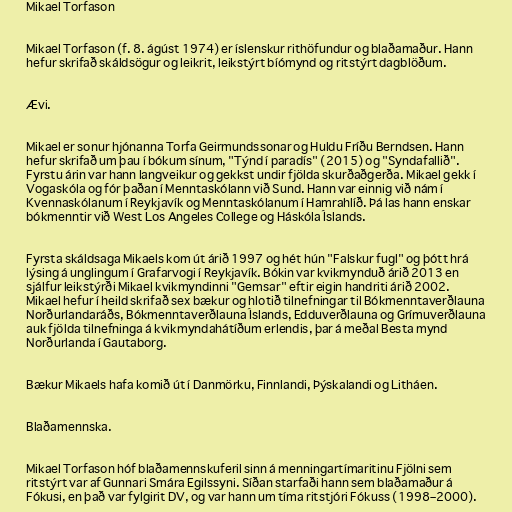
Mikael Torfason

Mikael Torfason (f. 8. ágúst 1974) er íslenskur rithöfundur og blaðamaður. Hann
hefur skrifað skáldsögur og leikrit, leikstýrt bíómynd og ritstýrt dagblöðum.

Ævi.

Mikael er sonur hjónanna Torfa Geirmundssonar og Huldu Fríðu Berndsen. Hann
hefur skrifað um þau í bókum sínum, "Týnd í paradís" (2015) og "Syndafallið".
Fyrstu árin var hann langveikur og gekkst undir fjölda skurðaðgerða. Mikael gekk í
Vogaskóla og fór þaðan í Menntaskólann við Sund. Hann var einnig við nám í
Kvennaskólanum í Reykjavík og Menntaskólanum í Hamrahlíð. Þá las hann enskar
bókmenntir við West Los Angeles College og Háskóla Íslands.

Fyrsta skáldsaga Mikaels kom út árið 1997 og hét hún "Falskur fugl" og þótt hrá
lýsing á unglingum í Grafarvogi í Reykjavík. Bókin var kvikmynduð árið 2013 en
sjálfur leikstýrði Mikael kvikmyndinni "Gemsar" eftir eigin handriti árið 2002.
Mikael hefur í heild skrifað sex bækur og hlotið tilnefningar til Bókmenntaverðlauna
Norðurlandaráðs, Bókmenntaverðlauna Íslands, Edduverðlauna og Grímuverðlauna
auk fjölda tilnefninga á kvikmyndahátíðum erlendis, þar á meðal Besta mynd
Norðurlanda í Gautaborg.

Bækur Mikaels hafa komið út í Danmörku, Finnlandi, Þýskalandi og Litháen.

Blaðamennska.

Mikael Torfason hóf blaðamennskuferil sinn á menningartímaritinu Fjölni sem
ritstýrt var af Gunnari Smára Egilssyni. Síðan starfaði hann sem blaðamaður á
Fókusi, en það var fylgirit DV, og var hann um tíma ritstjóri Fókuss (1998–2000).